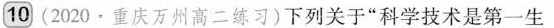
10(2020\angle重庆万州高二练习)下列关于”科学技术是第一生